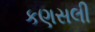
કણસલી